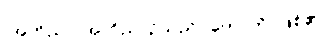
(အဘိညာ၊ အဘိညာဉ်သည်။ ဟောတိ၊ ဖြစ်၏)